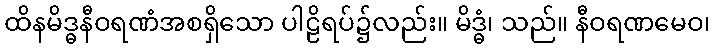
ထိနမိဒ္ဓနီဝရဏံအစရှိသော ပါဠိရပ်၌လည်း။ မိဒ္ဓံ၊ သည်။ နီဝရဏမေဝ၊